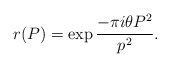
\begin{align*}r(P) = \exp{ \frac{- \pi i \theta P^2}{p^2}}.\end{align*}